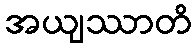
အယျဿာတိ